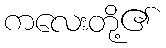
ကလေးတို့၏